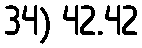
34) 42.42